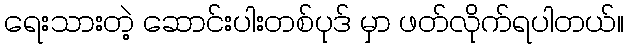
ရေးသားတဲ့ ဆောင်းပါးတစ်ပုဒ် မှာ ဖတ်လိုက်ရပါတယ်။